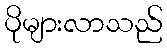
ပိုများလာသည်